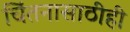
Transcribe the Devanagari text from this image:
चिंतनासाठीही